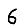
Digit: 6